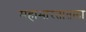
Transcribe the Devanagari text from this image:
महाभारतातला